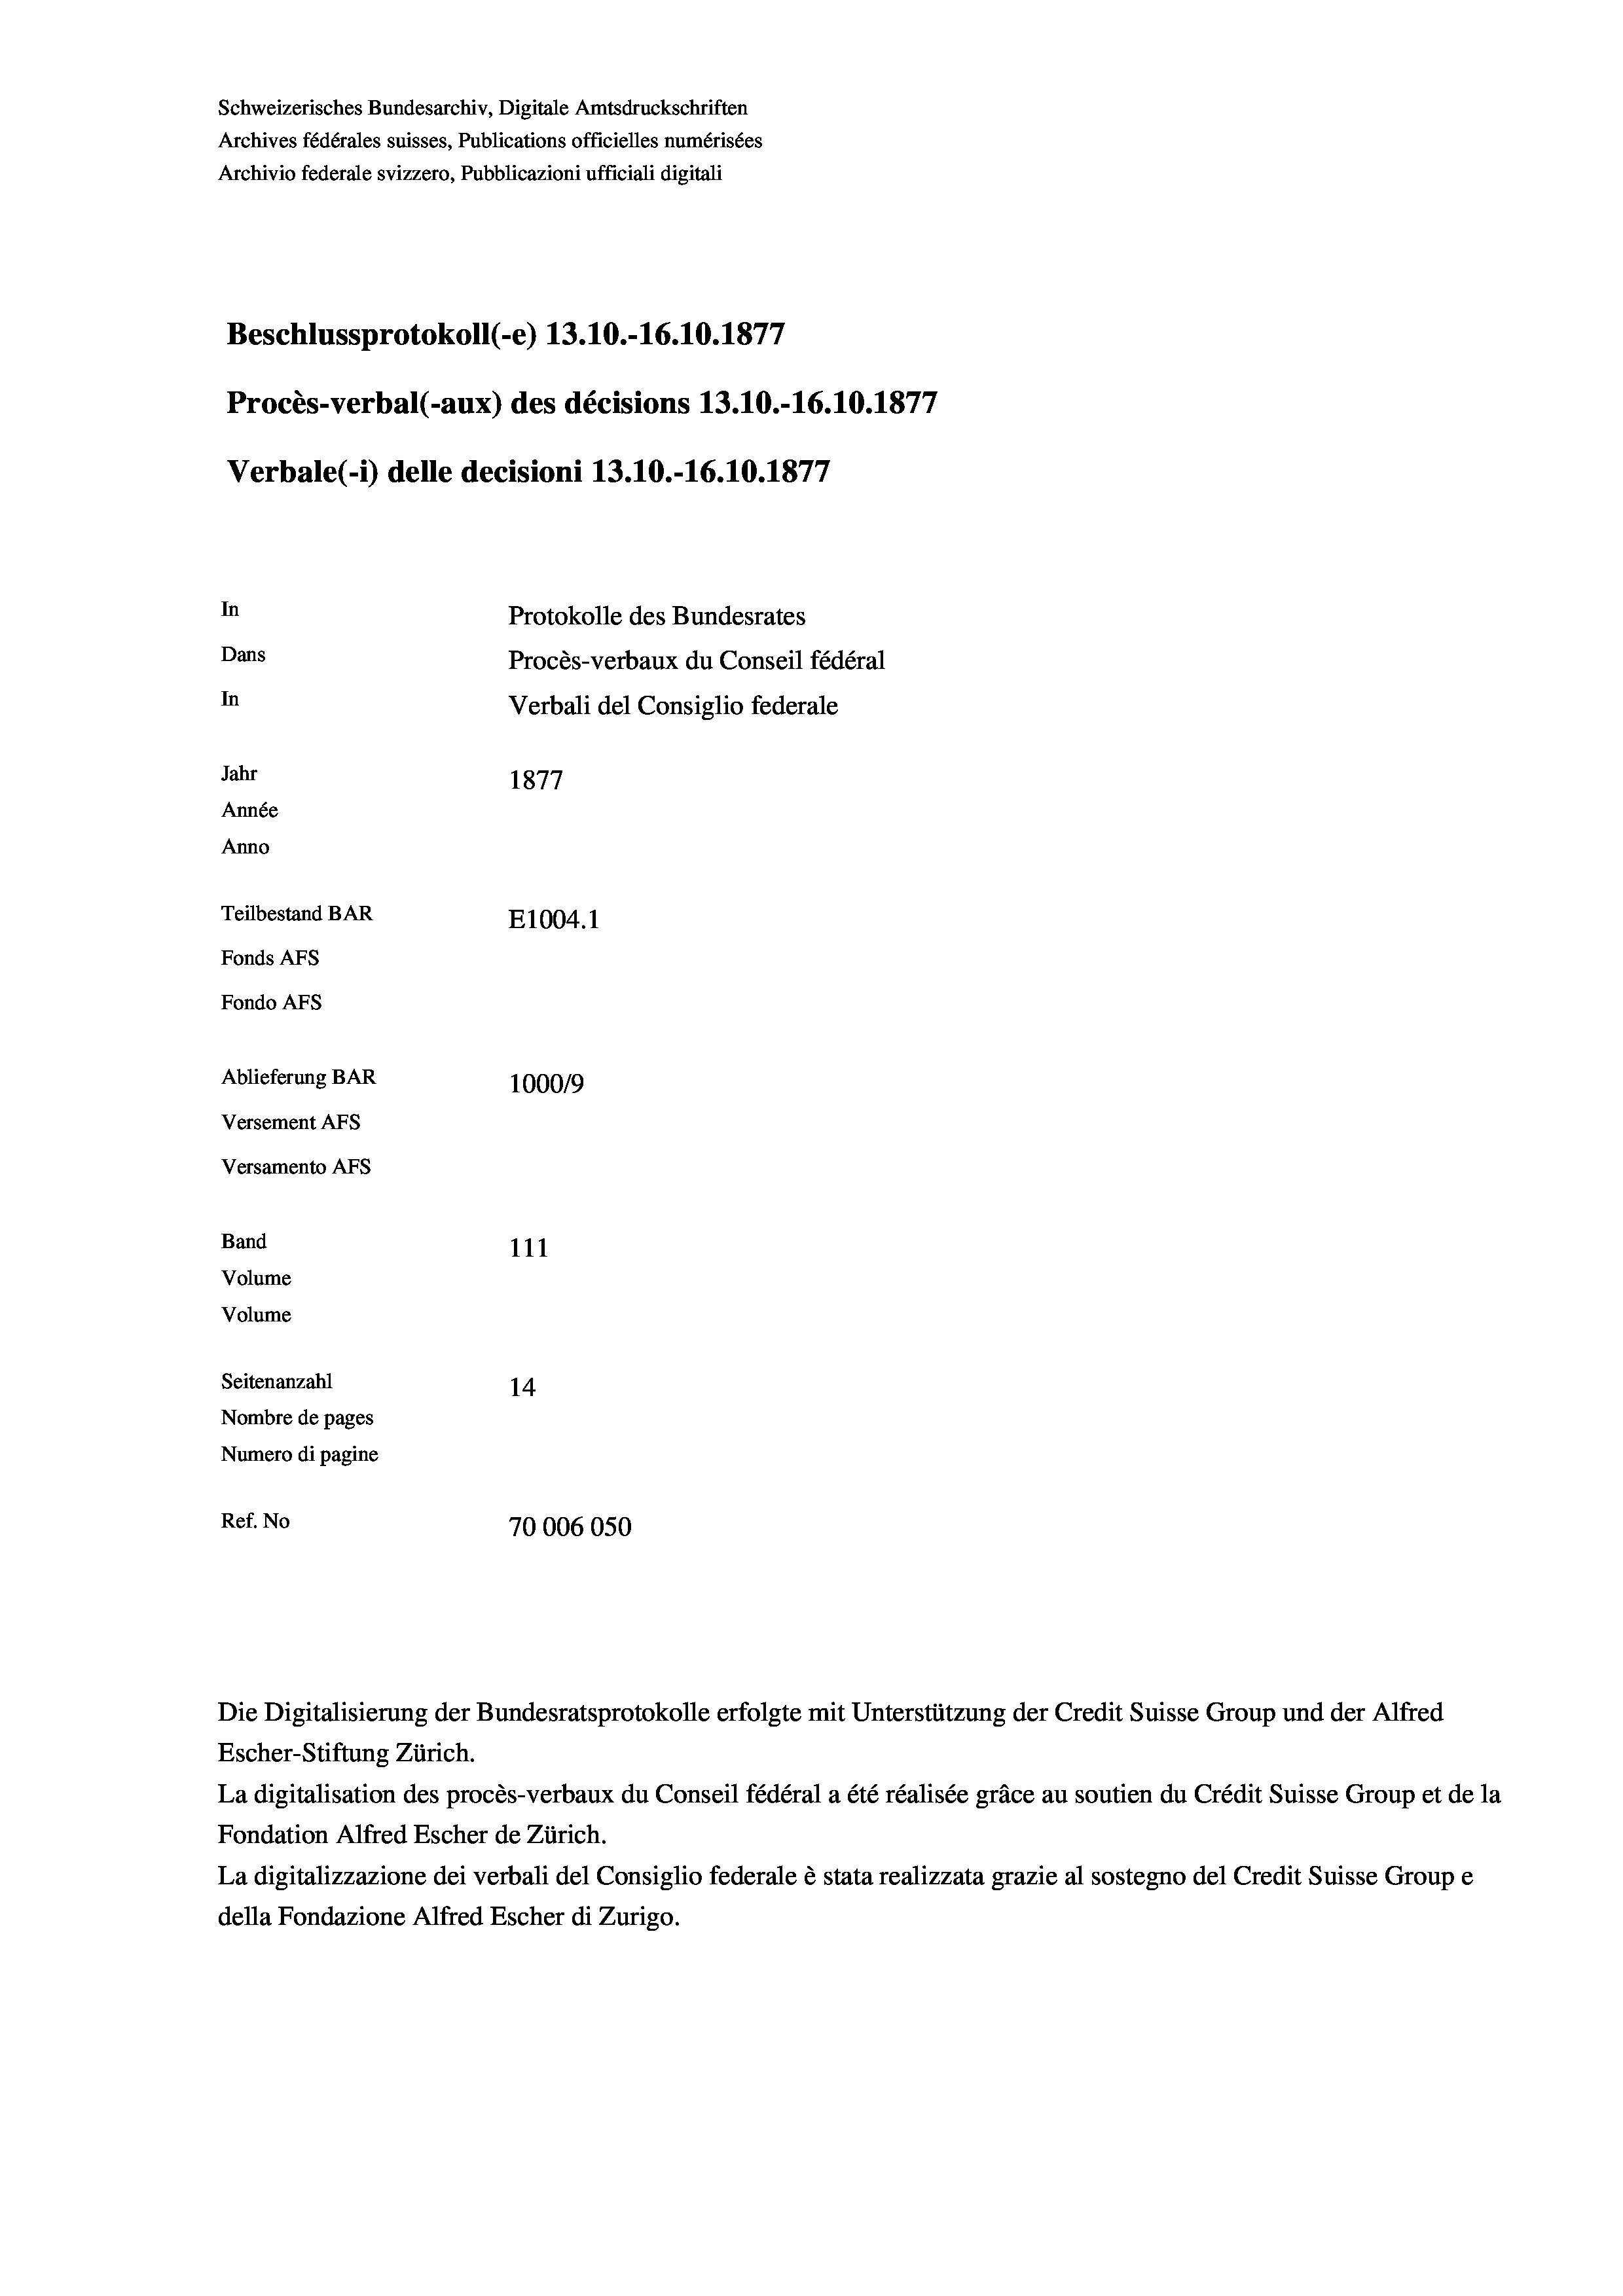
Schweizerisches Bundesarchiv, Digitale Amtsdruckschriften
Archives fédérales suisses, Publications officielles numérisées
Archivio federale svizzero, Pubblicazioni ufficiali digitali
e
Beschlussprotokoll (e) 13.10.-16.10.1877
Procès-verbal (-aux) des décisions 13.10.-16.10.1877
Verbale (1) delle decisioni 13.10.-16.10.1877
In
Protokolle des Bundesrates
Dans
Procès-verbaux du Conseil fédéral
In
Verbali del Consiglio federale
Jahr
1877
Année
Anno
Teilbestand BAR
E1004. 1
Fonds AFs
Fondo AFs
Ablieferung BAR
100019
Versement As
Versamento Afs
Band
111
Volume
Volume

Seitenanzahl
14
Nombre de pages
Numero di pagine
Ref. No
70006050

Die Digitalisierung der Bundesratsprotokolle erfolgte mit Unterstützung der Credit Suisse Group und der Alfred

Escher-Stiftung Zürich.
La digitalisation des procès-verbaux du Conseil fédéral a été réalisée gräce au soutien du Crédit Suisse Group et de la
Fondation Alfred Escher de Zürich.
La digitalizzazione dei verbali del Consiglio federale è stata realizzata grazie al sostegno del Credit Suisse Groupe
della Fondazione Alfred Escher di Zurigo.